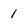
Character: 1